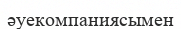
әуекомпаниясымен